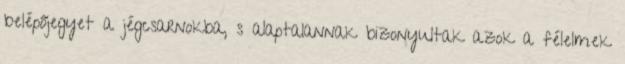
belépőjegyet a jégcsarnokba, s alaptalannak bizonyultak azok a félelmek